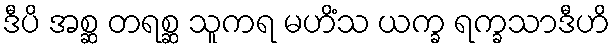
ဒီပိ အစ္ဆ တရစ္ဆ သူကရ မဟိံသ ယက္ခ ရက္ခသာဒီဟိ